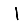
Digit: 1